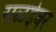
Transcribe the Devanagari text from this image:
सळईवर